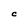
Character: C